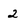
Character: 2